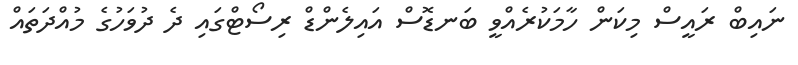
ނައިބް ރައީސް މިކަން ހާމަކުރެއްވީ ބަނޑޮސް އައިލެންޑް ރިސޯޓްގައި ދެ ދުވަހުގެ މުއްދަތައް